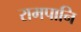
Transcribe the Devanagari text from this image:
रामपानि